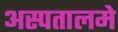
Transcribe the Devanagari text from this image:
अस्पतालमे